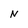
Character: N